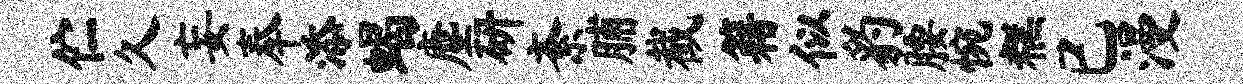
伫久妄奉添蝎麈研紊脯截籍似豹腰惋糕已漫